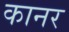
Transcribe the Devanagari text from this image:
कानर